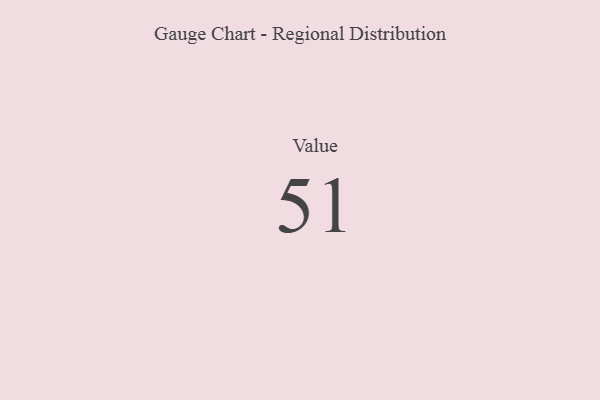
{"axis": {"x": "Metric", "y": "Value"}, "legend": [""], "data": [{"x": "Value", "y": 51, "type": ""}]}